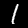
Label: 1